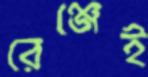
রেঞ্জেই